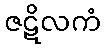
ဇဋိလကံ